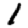
Digit: 1